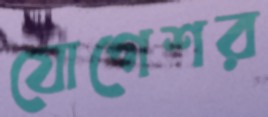
যোগেশর